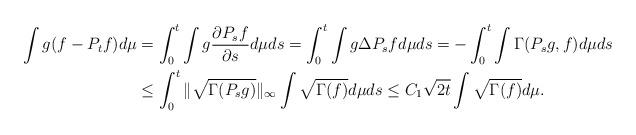
LaTeX: \begin{align*}\int g(f-P_tf) d\mu & = \int_0^t \int g \frac{\partial P_sf}{\partial s}d\mu ds = \int_0^t \int g \Delta P_sf d\mu ds = - \int_0^t \int \Gamma(P_sg,f) d\mu ds\\& \le \int_0^t \| \sqrt{\Gamma(P_sg)} \|_{\infty}\int\sqrt{\Gamma(f)} d\mu ds \le C_1 \sqrt{ 2 t}\int \sqrt{\Gamma(f)} d\mu.\end{align*}